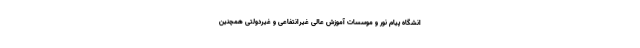
انشگاه‌ پیام‌ نور و موسسات‌ آموزش‌ عالی غیرانتفاعی و غیردولتی همچنین